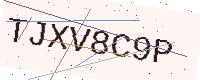
Text: TJXV8C9P